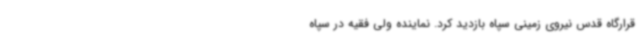
قرارگاه قدس نیروی زمینی سپاه بازدید کرد. نماینده ولی فقیه در سپاه